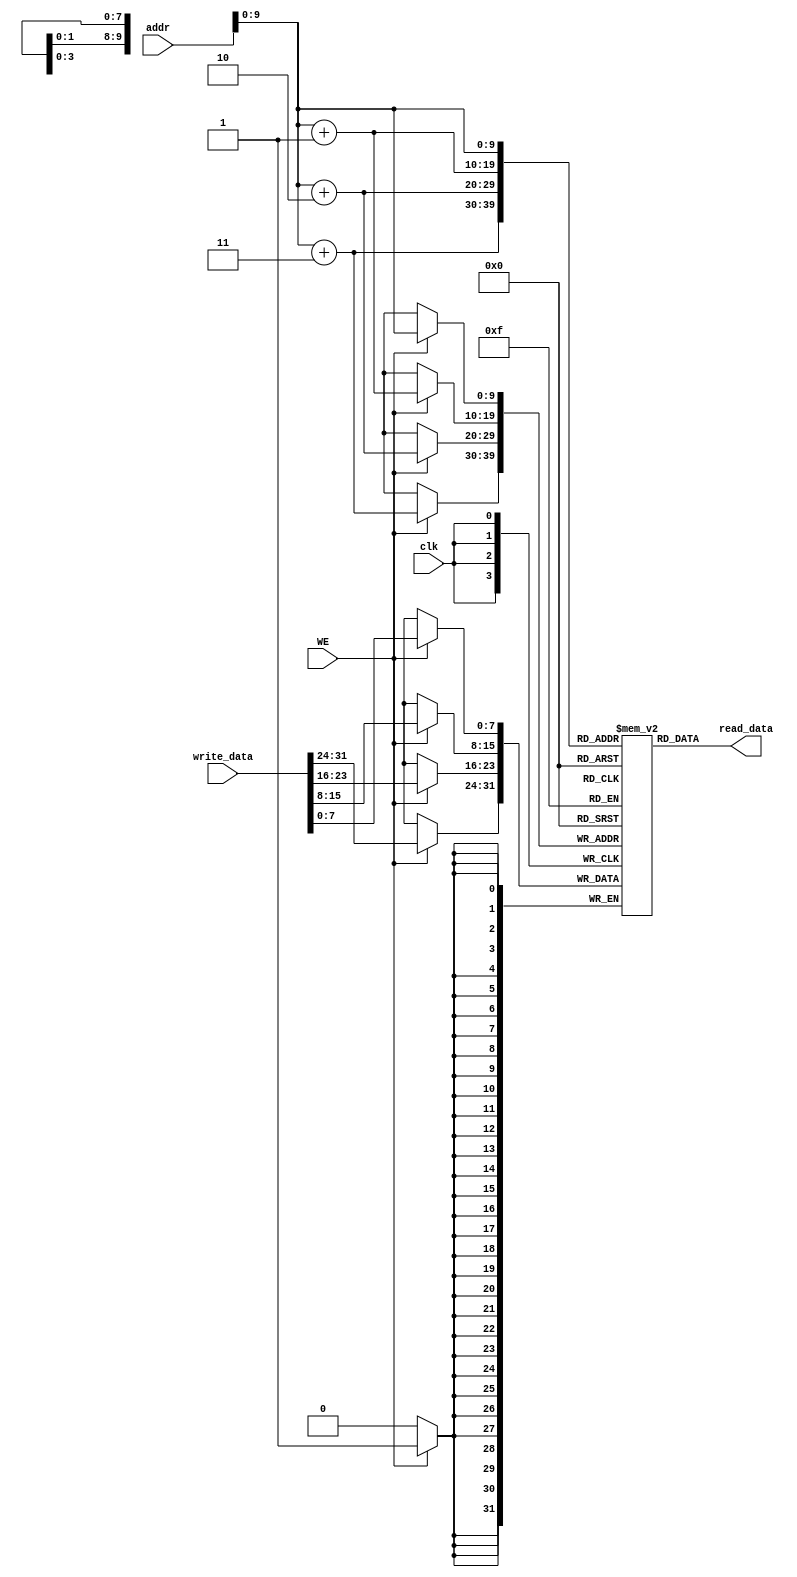
module data_mem(
        input           clk,
        input           WE,
        input [31:0]    addr,
        input [31:0]    write_data,
        output[31:0]    read_data
    );
    
    reg [7:0] RAM [0:1023];
 
    assign read_data = {
        RAM[addr + 3], 
        RAM[addr + 2],
        RAM[addr + 1],
        RAM[addr]
    };
    
    always @ (posedge clk) begin
        if (WE) begin
            {RAM[addr + 3], RAM[addr + 2], RAM[addr + 1], RAM[addr] } <= write_data;
        end
    end 
endmodule